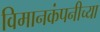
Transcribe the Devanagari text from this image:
विमानकंपनीच्या